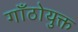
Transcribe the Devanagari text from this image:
गाँठोयुक्त